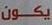
يكون